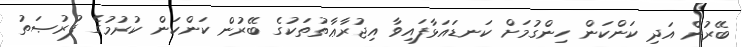
ބޭރުން އަދި ކަންކަން ހިންގުމަށް ކަނޑައަޅާފައިވާ އިޖުރާޢާތުތަކުގެ ބޭރުން ކަންކަން ކުރުމުގެ ފުރުޞަތު